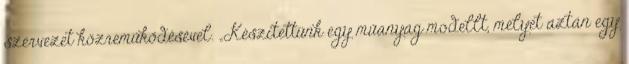
szervezet közreműködésével. „Készítettünk egy műanyag modellt, melyet aztán egy